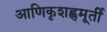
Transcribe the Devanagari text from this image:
आणिकृशह्णमूर्ती